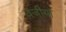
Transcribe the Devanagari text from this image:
वजीया